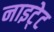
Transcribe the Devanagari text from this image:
नाइटे्ट